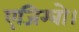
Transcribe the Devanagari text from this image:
एजिग्बो।